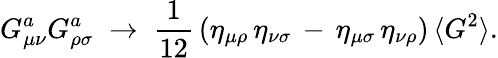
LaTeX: G_{\mu\nu}^{a}G_{\rho\sigma}^{a}\; \rightarrow\; \frac{1}{12}\, (\eta_{\mu\rho}\, \eta_{\nu\sigma}\, -\, \eta_{\mu\sigma}\, \eta_{\nu\rho})\, \langle G^{2}\rangle.